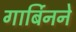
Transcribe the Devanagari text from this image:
गार्बिनने